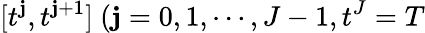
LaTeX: [t^{\mathbf{j}},t^{\mathbf{j}+1}]\ (\mathbf{j}=0,1,\cdots,J-1,t^{J}=T